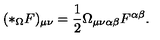
( * _ { \Omega } F ) _ { \mu \nu } = \frac { 1 } { 2 } \Omega _ { \mu \nu \alpha \beta } F ^ { \alpha \beta } .